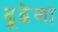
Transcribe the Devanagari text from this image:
ढूढेला